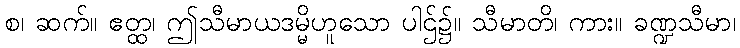
စ၊ ဆက်။ ဧတ္ထ၊ ဤသီမာယဒမ္မိဟူသော ပါဌ်၌။ သီမာတိ၊ ကား။ ခဏ္ဍသီမာ၊